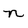
Character: n